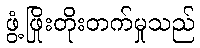
ဖွံ့ဖြိုးတိုးတက်မှုသည်